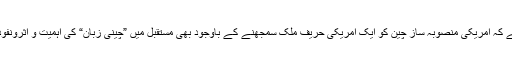
جو اس بات کی غمازی کرتا ہے کہ امریکی منصوبہ ساز چین کو ایک امریکی حریف ملک سمجھنے کے باوجود بھی مستقبل میں ”چینی زبان“ کی اہمیت و اثرونفوذ کا بھرپور ادراک رکھتے ہیں۔